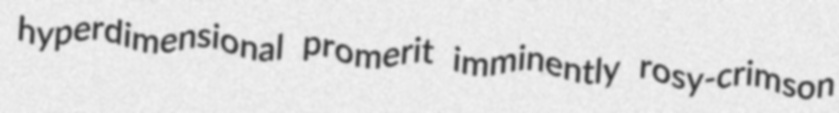
hyperdimensional promerit imminently rosy-crimson